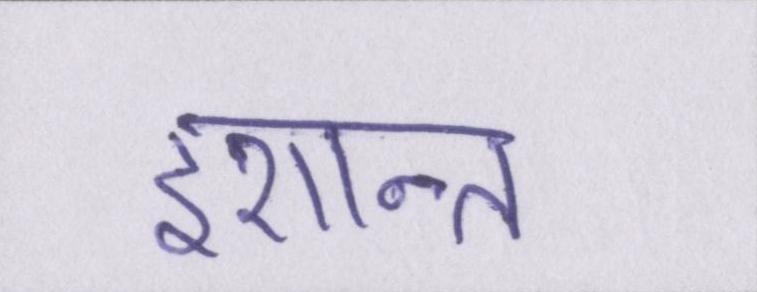
इशान्त